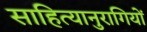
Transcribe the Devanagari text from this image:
साहित्यानुरागियों